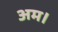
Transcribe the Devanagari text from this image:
अम।